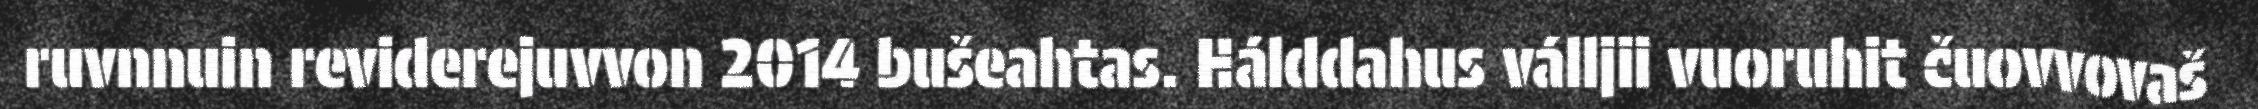
ruvnnuin reviderejuvvon 2014 bušeahtas. Hálddahus válljii vuoruhit čuovvovaš